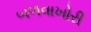
બળવાખોરી